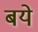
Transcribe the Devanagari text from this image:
बये